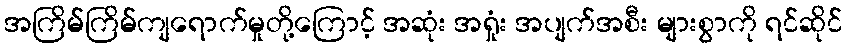
အကြိမ်ကြိမ်ကျရောက်မှုတို့ကြောင့် အဆုံး အရှုံး အပျက်အစီး များစွာကို ရင်ဆိုင်